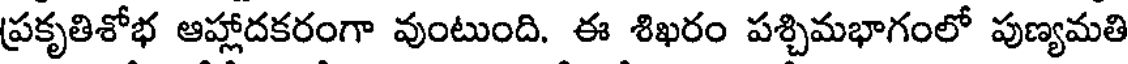
ప్రకృతిశోభ ఆహ్లాదకరంగా వుంటుంది. ఈ శిఖరం పశ్చిమభాగంలో పుణ్యమతి